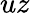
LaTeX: uz